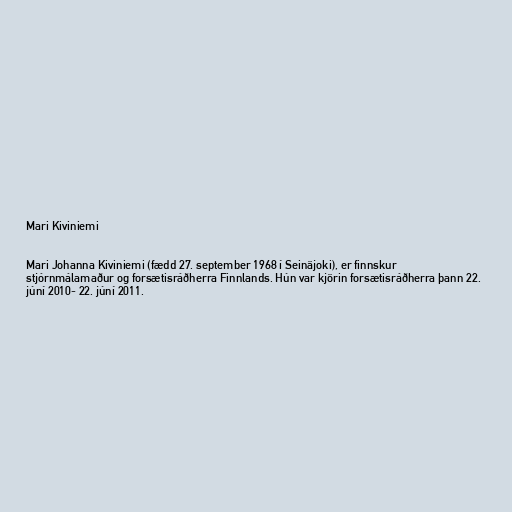
Mari Kiviniemi

Mari Johanna Kiviniemi (fædd 27. september 1968 í Seinäjoki), er finnskur
stjórnmálamaður og forsætisráðherra Finnlands. Hún var kjörin forsætisráðherra þann 22.
júní 2010- 22. júní 2011.